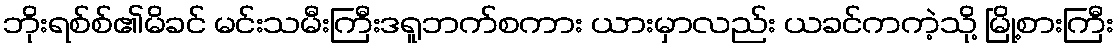
ဘိုးရစ်စ်၏မိခင် မင်းသမီးကြီးဒရူဘက်စကား ယားမှာလည်း ယခင်ကကဲ့သို့ မြို့စားကြီး